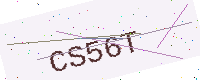
Text: CS56T